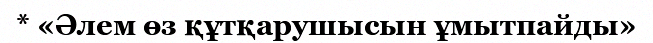
* «Әлем өз құтқарушысын ұмытпайды»